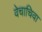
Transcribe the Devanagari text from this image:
वेचाचिवा